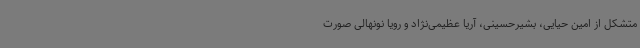
متشکل از امین حیایی، بشیرحسینی، آریا عظیمی‌نژاد و رویا نونهالی صورت